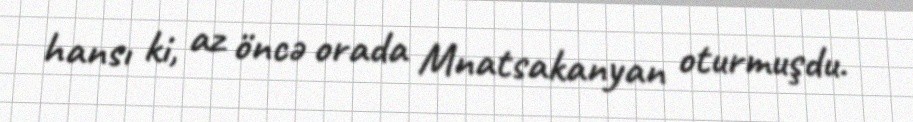
hansı ki, az öncə orada Mnatsakanyan oturmuşdu.